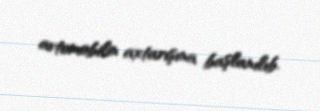
avtomobilin axtarışına başlanılıb.